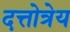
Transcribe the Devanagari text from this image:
दत्तोत्रेय